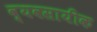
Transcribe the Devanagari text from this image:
व्यवसायीक